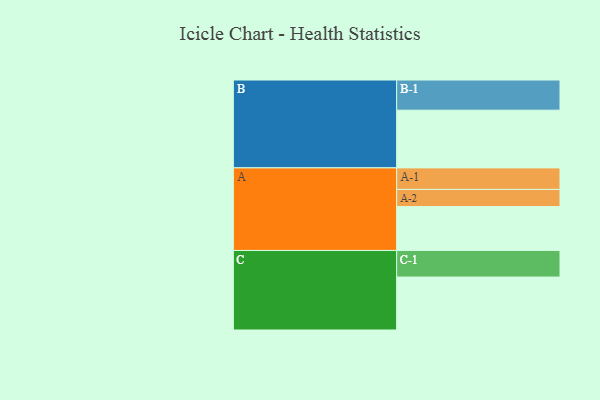
{"axis": {"x": "Segment", "y": "Value"}, "legend": ["", "A", "B", "C"], "data": [{"x": "A", "y": 405, "type": ""}, {"x": "B", "y": 533, "type": ""}, {"x": "C", "y": 489, "type": ""}, {"x": "A-1", "y": 199, "type": "A"}, {"x": "A-2", "y": 159, "type": "A"}, {"x": "B-1", "y": 279, "type": "B"}, {"x": "C-1", "y": 246, "type": "C"}]}